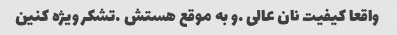
واقعا کیفیت نان عالی …و به موقع هستش …تشکر ویژه کنین